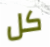
كل